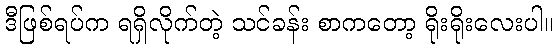
ဒီဖြစ်ရပ်က ရရှိလိုက်တဲ့ သင်ခန်း စာကတော့ ရိုးရိုးလေးပါ။